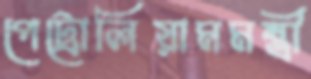
পেট্রোলিয়ামমন্ত্রী